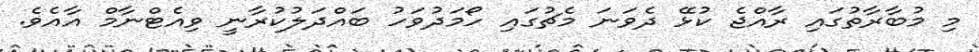
މި މުބާރާތުގައި ރާއްޖެ ކުޅޭ ދެވަނަ މެޗުގައި ހޯމަދުވަހު ބައްދަލުކުރާނީ ވިއެޓްނާމް އާއެވެ.